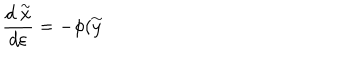
LaTeX: \frac { d \stackrel { \sim } { x } } { d \varepsilon } = - \phi ( \stackrel { \sim } { y }